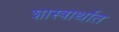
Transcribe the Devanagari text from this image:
शास्त्रार्थात